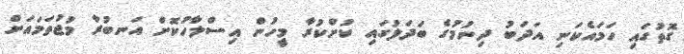
ގޮތުގައި ހަމައެކަނި އަދަބު ދިނުމުގެ ބަދަލުގައި ކުށްކުރާ މީހުން އިސްލާހުކޮށް އަނބުރާ މުޖުތަމައަށް